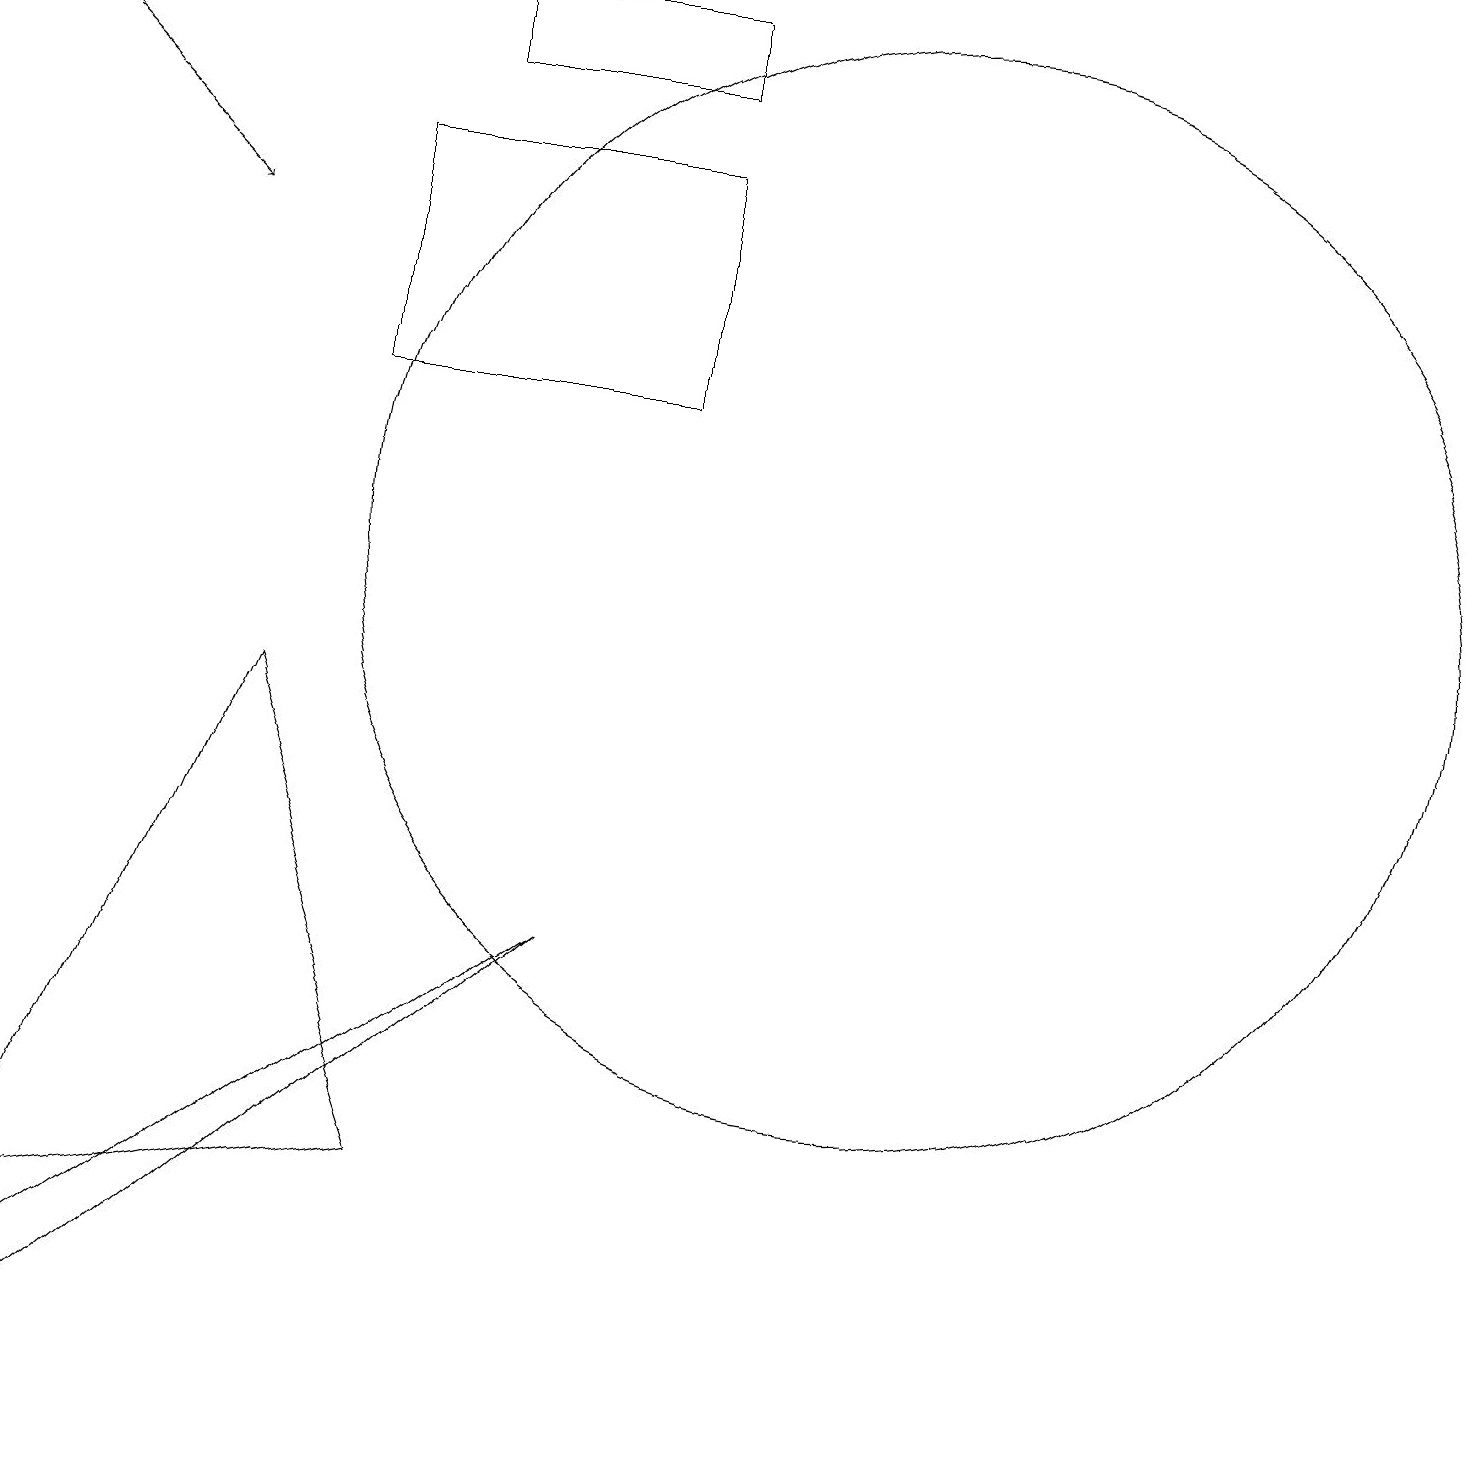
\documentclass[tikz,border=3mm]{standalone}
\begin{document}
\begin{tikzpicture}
\draw[->] (0,17) -- (2,15);
\draw (5,18) rectangle (8,17);
\draw (3,9) -- (5,3) -- (0,2) -- cycle;
\draw[->] (7,18) -- (6,18);
\draw (11,11) circle (7);
\draw (8,13) rectangle (4,16);
\draw (7,6) -- (0,1) -- (0,0) -- cycle;
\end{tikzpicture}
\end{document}